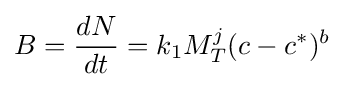
B={\dfrac {dN}{dt}}=k_{1}M_{T}^{j}(c-c^{*})^{b}